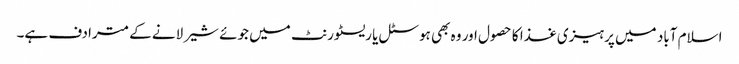
اسلام آباد میں پرہیزی غذا کا حصول اور وہ بھی ہوسٹل یا ریسٹورنٹ میں جوئے شیر لانے کے مترادف ہے۔